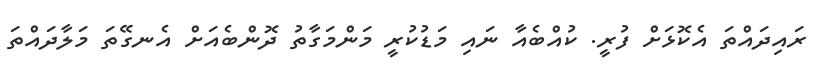
ރައިދައްތަ އެކޮޅަށް ފުރީ. ކުއްބެއާ ނައި މަޑުކުރީ މަންމަގާތު ދޮންބެއަށް އެނގޭތަ މަލާދައްތަ